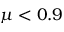
\mu < 0 . 9